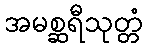
အမစ္ဆရီသုတ္တံ